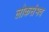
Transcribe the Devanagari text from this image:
लोकसंभव